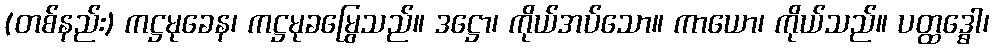
(တစ်နည်း) ကဋ္ဌမုခေန၊ ကဋ္ဌမုခမြွေသည်။ ဒဋ္ဌော၊ ကိုယ်အပ်သော။ ကာယော၊ ကိုယ်သည်။ ပတ္ထဒ္ဓေါ၊